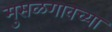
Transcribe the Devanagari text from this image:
मुसळगावच्या